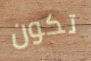
تكون